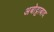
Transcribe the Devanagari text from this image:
अबोट्टाबाद